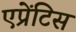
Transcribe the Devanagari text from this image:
एप्रेंटिस